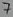
Text: 7